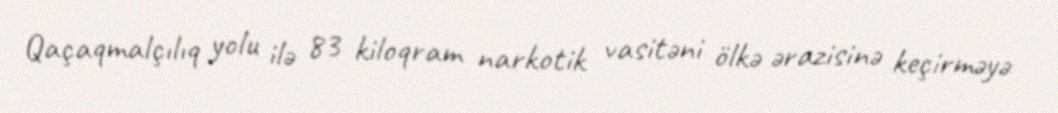
Qaçaqmalçılıq yolu ilə 83 kiloqram narkotik vasitəni ölkə ərazisinə keçirməyə